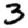
Digit: 3